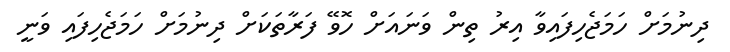
ދިނުމަށް ހަމަޖެހިފައިވާ އިރު ތިން ވަނައަށް ހޮވޭ ފަރާތަކަށް ދިނުމަށް ހަމަޖެހިފައި ވަނީ